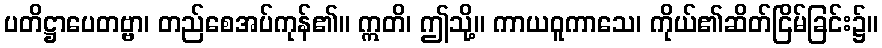
ပတိဋ္ဌာပေတဗ္ဗာ၊ တည်စေအပ်ကုန်၏။ ဣတိ၊ ဤသို့။ ကာယဝူကာသေ၊ ကိုယ်၏ဆိတ်ငြိမ်ခြင်း၌။